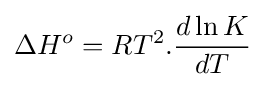
{\Delta H^{o}}={RT^{2}}.{\frac {d\ln K}{dT}}